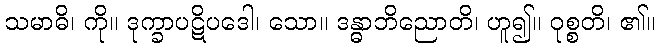
သမာဓိ၊ ကို။ ဒုက္ခာပဋိပဒေါ၊ သော။ ဒန္ဓာဘိညောတိ၊ ဟူ၍။ ဝုစ္စတိ၊ ၏။